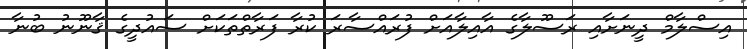
އިސްލާމް ދީނަށާއި ރަސޫލާގެ އާއިލާއަށް ފުރައްސާރަ ކުރާ ފަރާތްތަކަށް ސައުދީގެ ޤާނޫނު ބުނާ